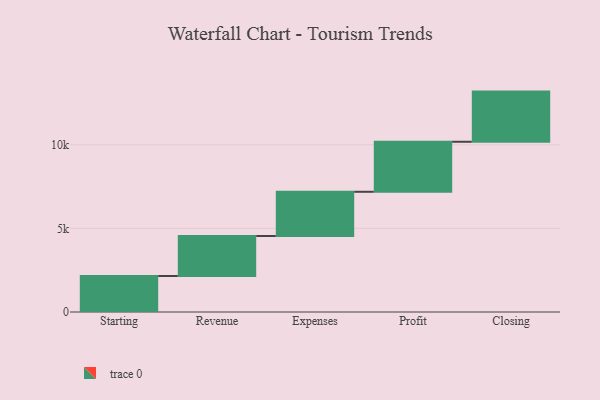
{"axis": {"x": "Step", "y": "Value"}, "legend": [""], "data": [{"x": "Starting", "y": 2152.0, "type": ""}, {"x": "Revenue", "y": 2391.0, "type": ""}, {"x": "Expenses", "y": 2645.0, "type": ""}, {"x": "Profit", "y": 2990.0, "type": ""}, {"x": "Closing", "y": 3000, "type": ""}]}